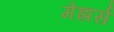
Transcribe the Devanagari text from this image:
मेझर्स